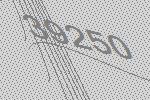
39250